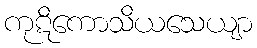
ကုဋိကောသိယသေယျာ